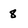
Character: 8